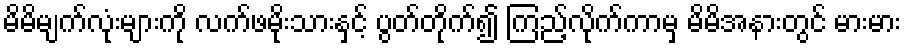
မိမိမျက်လုံးများကို လက်ဖမိုးသားနှင့် ပွတ်တိုက်၍ ကြည့်လိုက်ကာမှ မိမိအနားတွင် မားမား